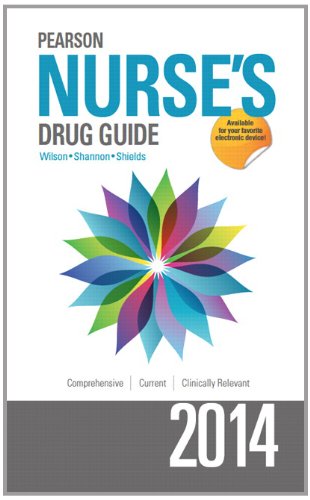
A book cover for Pearson Nurse's Drug Guide 2014 (Pearson Nurse's Drug Guide (Nurse Edition)); Billie A. Wilson; Medical Books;